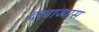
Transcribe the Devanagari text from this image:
दरवाज्यास